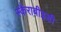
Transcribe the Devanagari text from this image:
स्कैराबीइडी